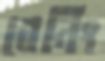
বেনিং